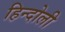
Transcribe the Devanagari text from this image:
हिन्दोली